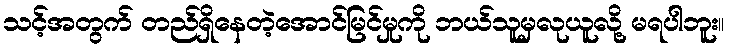
သင့်အတွက် တည်ရှိနေတဲ့အောင်မြင်မှုကို ဘယ်သူမှလုယူလို့ မရပါဘူး။